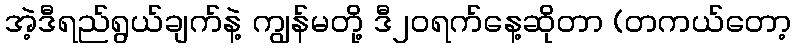
အဲ့ဒီရည်ရွယ်ချက်နဲ့ ကျွန်မတို့ ဒီ၂၀ရက်နေ့ဆိုတာ (တကယ်တော့